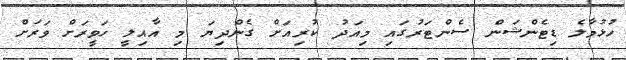
ހުޅުމާލެ ޑިޓެންޝަން ސެންޓަރުގައި މިއަދު ކުރިއަށް ގެންދިޔަ މި އާއިލީ ހަވީރަށް ވަރަށް